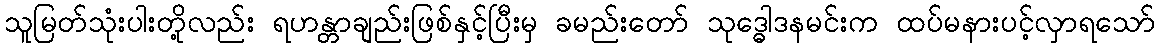
သူမြတ်သုံးပါးတို့လည်း ရဟန္တာချည်းဖြစ်နှင့်ပြီးမှ ခမည်းတော် သုဒ္ဓေါဒနမင်းက ထပ်မနားပင့်လှာရသော်